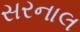
સરનાલ